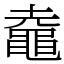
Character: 鼀